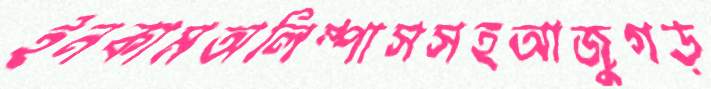
ইনকামঅলিম্পাসসহআজুগড়